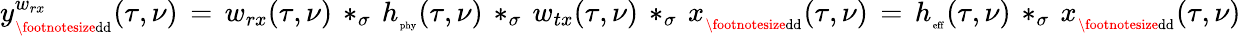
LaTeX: y_{_{\mathrm{\footnotesize{dd}}}}^{w_{rx}}(\tau,\nu)\, =\, w_{rx}(\tau,\nu)\, *_{\sigma}\, h_{_{\mathrm{\scriptsize{phy}}}}(\tau,\nu)\, *_{\sigma}\, w_{tx}(\tau,\nu)\, *_{\sigma}\, x_{_{\mathrm{\footnotesize{dd}}}}(\tau,\nu)\, =\, h_{_{\mathrm{\scriptsize{eff}}}}(\tau,\nu)\, *_{\sigma}\, x_{_{\mathrm{\footnotesize{dd}}}}(\tau,\nu)